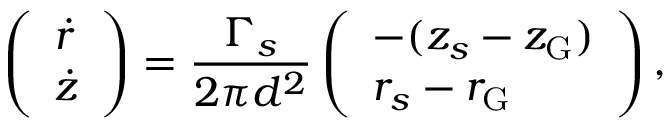
\left( \begin{array} { l } { \dot { r } } \\ { \dot { z } } \end{array} \right) = \frac { \Gamma _ { s } } { 2 \pi d ^ { 2 } } \left( \begin{array} { l } { - ( z _ { s } - z _ { \mathrm { G } } ) } \\ { r _ { s } - r _ { \mathrm { G } } } \end{array} \right) ,